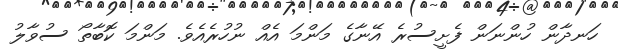
ހަނދާން ހުންނަން ފެށީސުރެ އޭނާގެ މަންމަ އެއް ނުހުރެއެވެ. މަންމަ ކޮބާތޯ ސުވާލު